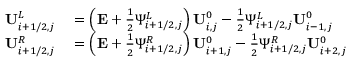
\begin{array} { r l } { \mathbf { U } _ { i + 1 / 2 , j } ^ { L } } & { { } = \left( \mathbf { E } + \frac { 1 } { 2 } \Psi _ { i + 1 / 2 , j } ^ { L } \right) \mathbf { U } _ { i , j } ^ { 0 } - \frac { 1 } { 2 } \Psi _ { i + 1 / 2 , j } ^ { L } \mathbf { U } _ { i - 1 , j } ^ { 0 } } \\ { \mathbf { U } _ { i + 1 / 2 , j } ^ { R } } & { { } = \left( \mathbf { E } + \frac { 1 } { 2 } \Psi _ { i + 1 / 2 , j } ^ { R } \right) \mathbf { U } _ { i + 1 , j } ^ { 0 } - \frac { 1 } { 2 } \Psi _ { i + 1 / 2 , j } ^ { R } \mathbf { U } _ { i + 2 , j } ^ { 0 } } \end{array}